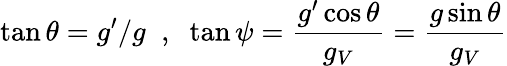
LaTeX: \tan\theta=g^{\prime}/g\; \; ,\; \; \tan\psi=\frac{g^{\prime}\cos\theta}{g_{V}}=\frac{g\sin\theta}{g_{V}}